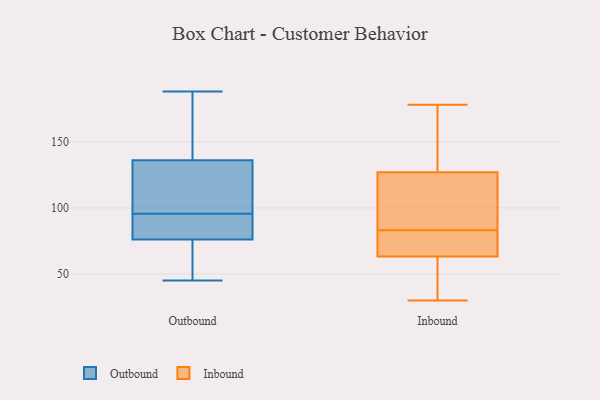
{"axis": {"x": "Gross Profit (USD K)", "y": "Value"}, "legend": ["Inbound", "Outbound"], "data": [{"x": "", "y": 130, "type": "Outbound"}, {"x": "", "y": 45, "type": "Outbound"}, {"x": "", "y": 76, "type": "Outbound"}, {"x": "", "y": 180, "type": "Outbound"}, {"x": "", "y": 79, "type": "Outbound"}, {"x": "", "y": 168, "type": "Outbound"}, {"x": "", "y": 96, "type": "Outbound"}, {"x": "", "y": 69, "type": "Outbound"}, {"x": "", "y": 87, "type": "Outbound"}, {"x": "", "y": 95, "type": "Outbound"}, {"x": "", "y": 77, "type": "Outbound"}, {"x": "", "y": 112, "type": "Outbound"}, {"x": "", "y": 111, "type": "Outbound"}, {"x": "", "y": 185, "type": "Outbound"}, {"x": "", "y": 54, "type": "Outbound"}, {"x": "", "y": 136, "type": "Outbound"}, {"x": "", "y": 188, "type": "Outbound"}, {"x": "", "y": 63, "type": "Outbound"}, {"x": "", "y": 50, "type": "Inbound"}, {"x": "", "y": 151, "type": "Inbound"}, {"x": "", "y": 79, "type": "Inbound"}, {"x": "", "y": 119, "type": "Inbound"}, {"x": "", "y": 64, "type": "Inbound"}, {"x": "", "y": 173, "type": "Inbound"}, {"x": "", "y": 61, "type": "Inbound"}, {"x": "", "y": 83, "type": "Inbound"}, {"x": "", "y": 114, "type": "Inbound"}, {"x": "", "y": 93, "type": "Inbound"}, {"x": "", "y": 70, "type": "Inbound"}, {"x": "", "y": 178, "type": "Inbound"}, {"x": "", "y": 30, "type": "Inbound"}]}